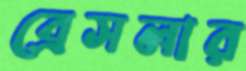
ব্রেসলার